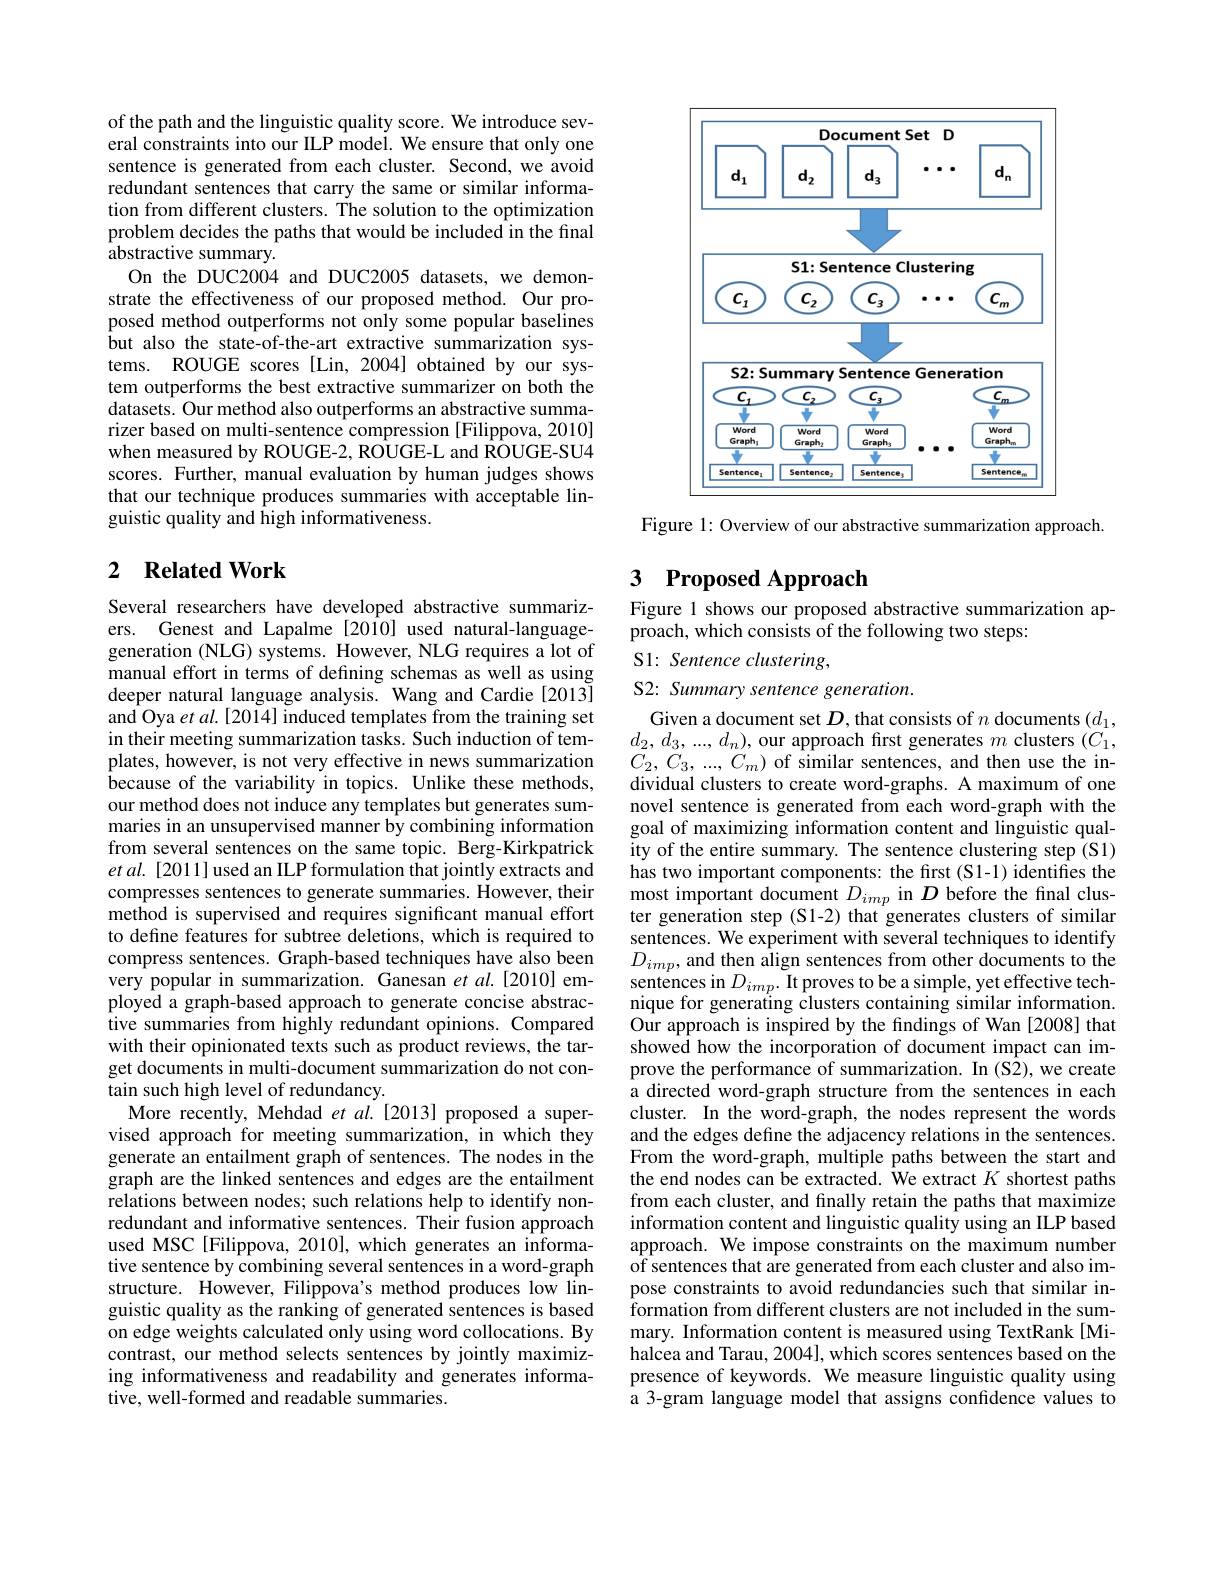
of the path and the linguistic quality score. We introduce several constraints into our ILP model. We ensure that only one sentence is generated from each cluster. Second, we avoid redundant sentences that carry the same or similar information from different clusters. The solution to the optimization problem decides the paths that would be included in the final $\bar{\text{abstractive summary.}}$
On the DUC2004 and DUC2005 datasets, we demonstrate the effectiveness of our proposed method. Our proposed method outperforms not only some popular baselines but also the state-of-the-art extractive summarization systems. ROUGE scores [Lin, 2004] obtained by our system outperforms the best extractive summarizer on both the datasets. Our method also outperforms an abstractive summarizer based on multi-sentence compression [Filippova, 2010] when measured by ROUGE-2, ROUGE-L and ROUGE-SU4 scores. Further, manual evaluation by human judges shows that our technique produces summaries with acceptable linguistic quality and high informativeness.

## 2 $\textbf{Related Work}$

Several researchers have developed abstractive summarizers. Genest and Lapalme [2010] used natural-languagegeneration (NLG) systems. However, NLG requires a lot of manual effort in terms of defining schemas as well as using deeper natural language analysis. Wang and Cardie[2013] and Oya et al.[2014] induced templates from the training set in their meeting summarization tasks. Such induction of templates, however, is not very effective in news summarization because of the variability in topics. Unlike these methods, our method does not induce any templates but generates summaries in an unsupervised manner by combining information from several sentences on the same topic. Berg-Kirkpatrick $etal.[2011]$ used an ILP formulation that jointly extracts and compresses sentences to generate summaries. However, their method is supervised and requires significant manual effort to define features for subtree deletions, which is required to compress sentences. Graph-based techniques have also been very popular in summarization. Ganesan $et$ al.[2010]employed a graph-based approach to generate concise abstractive summaries from highly redundant opinions. Compared with their opinionated texts such as product reviews, the target documents in multi-document summarization do not contain such high level of redundancy.
More recently, Mehdad $etal.[2013]$ proposed a supervised approach for meeting summarization, in which they generate an entailment graph of sentences. The nodes in the graph are the linked sentences and edges are the entailment relations between nodes; such relations help to identify nonredundant and informative sentences. Their fusion approach used MSC[Filippova, 2010], which generates an informative sentence by combining several sentences in a word-graph structure. However, Filippova's method produces low linguistic quality as the ranking of generated sentences is based on edge weights calculated only using word collocations. By contrast, our method selects sentences by jointly maximizing informativeness and readability and generates informative, well-formed and readable summaries

<FigureHere>

Figure 1: Overview of our abstractive summarization approach.

## 3 Proposed Approach

Figure 1 shows our proposed abstractive summarization ap-
proach, which consists of the following two steps:
S1: Sentence clustering,
S2: Summary sentence generation.

Given a document set $D$, that consists of $n$ documents $(d_1$, $d_{2},d_{3},...,d_{n})$, our approach first generates $m$ clusters $(C_{1}$, $C_{2},C_{3},...,C_{m})$ of similar sentences, and then use the individual clusters to create word-graphs. A maximum of one novel sentence is generated from each word-graph with the goal of maximizing information content and linguistic quality of the entire summary. The sentence clustering step (S1) has two important components: the first (S1-1) identifies the most important document $D_{imp}$ in $D$ before the final cluster generation step (S1-2) that generates clusters of similar sentences. We experiment with several techniques to identify $D_{imp}$, and then align sentences from other documents to the sentences in $D_{imp}.$ It proves to be a simple, yet effective technique for generating clusters containing similar information Our approach is inspired by the findings of Wan [2008] that showed how the incorporation of document impact can improve the performance of summarization. In (S2), we create a directed word-graph structure from the sentences in each cluster. In the word-graph, the nodes represent the words and the edges define the adjacency relations in the sentences. From the word-graph, multiple paths between the start and the end nodes can be extracted. We extract $K$ shortest paths from each cluster, and fınally retain the paths that maximize information content and linguistic quality using an ILP based approach. We impose constraints on the maximum number of sentences that are generated from each cluster and also impose constraints to avoid redundancies such that similar information from different clusters are not included in the summary. Information content is measured using TextRank[Mihalcea and Tarau, 2004], which scores sentences based on the presence of keywords. We measure linguistic quality using a 3-gram language model that assigns confidence values to